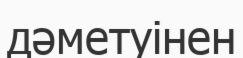
дәметуінен